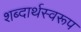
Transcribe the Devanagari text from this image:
शब्दार्थस्वरूप